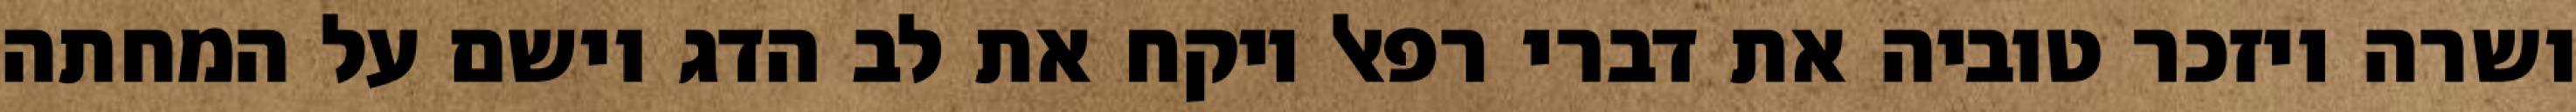
ושרה ויזכר טוביה את דברי רפאל ויקח את לב הדג וישם על המחתה